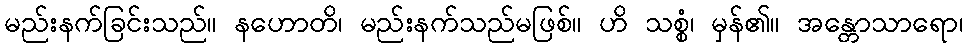
မည်းနက်ခြင်းသည်။ နဟောတိ၊ မည်းနက်သည်မဖြစ်။ ဟိ သစ္စံ၊ မှန်၏။ အန္တောသာရော၊